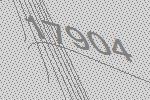
17904